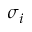
\sigma _ { i }